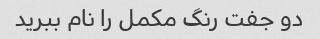
دو جفت رنگ مکمل را نام ببرید